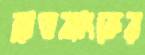
ব্লাডব্যাংকের